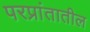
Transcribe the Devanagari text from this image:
परप्रांतातील